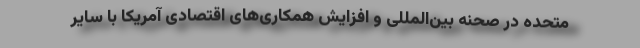
متحده در صحنه بین‌المللی و افزایش همکاری‌های اقتصادی آمریکا با سایر